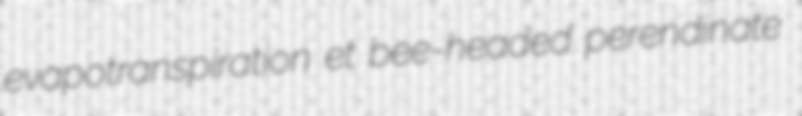
evapotranspiration et bee-headed perendinate